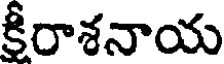
కీరాశనాయ